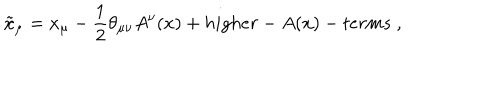
\tilde { x } _ { \mu } = x _ { \mu } - \frac { 1 } { 2 } \theta _ { \mu \nu } A ^ { \nu } ( x ) + h i g h e r - A ( x ) - t e r m s ~ ,